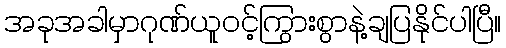
အခုအခါမှာဂုဏ်ယူဝင့်ကြွားစွာနဲ့ချပြနိုင်ပါပြီ။